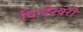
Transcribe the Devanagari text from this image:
विन्देश्वरी